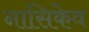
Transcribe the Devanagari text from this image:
नासिकेव